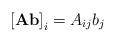
LaTeX: \begin{align*}\left[\mathbf{A}\mathbf{b}\right]_{i}=A_{ij}b_{j}\end{align*}